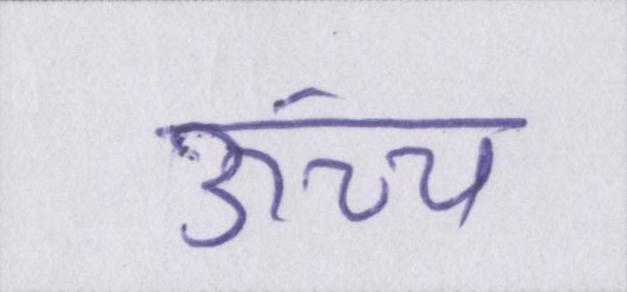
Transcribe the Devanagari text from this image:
ऊंच्च